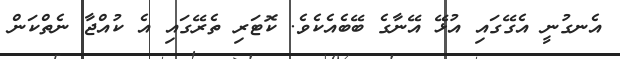
އެނގުނީ އެގޭގައި އުޅޭ އޭނާގެ ބޭބެއެކެވެ. ކޮޓަރި ތެރޭގައި އެ ކުއްޖާ ނެތްކަން